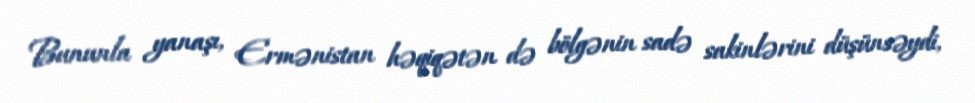
Bununla yanaşı, Ermənistan həqiqətən də bölgənin sadə sakinlərini düşünsəydi,